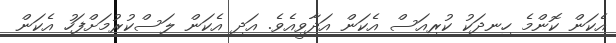
އެކަން ކޮންމެ ހިނދަކު ކުރިއަސް އެކަން އަދާވީއެވެ. އަދި އެކަން ލަސްކުރުމަށްފަހު އެކަން